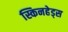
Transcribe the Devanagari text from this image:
स्किनहेड्स